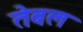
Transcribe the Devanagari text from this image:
तेबल